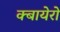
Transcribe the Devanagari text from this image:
क्बायेरो